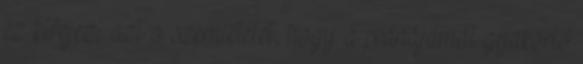
ez kifejezi azt a szemléletet, hogy a pránájámát gyakorló